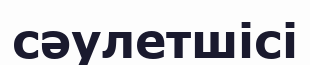
сәулетшісі